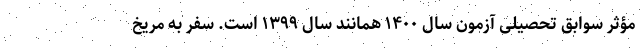
مؤثر سوابق تحصیلی آزمون سال ۱۴۰۰ همانند سال ۱۳۹۹ است. سفر به مریخ